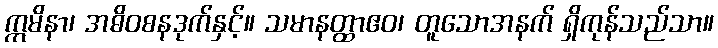
ဣမိနာ၊ အဓိဝစနဒုက်နှင့်။ သမာနတ္ထာဧဝ၊ တူသောအနက် ရှိကုန်သည်သာ။